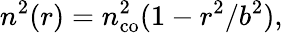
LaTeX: n^{2}(r)=n_{\mathrm{co}}^{2}(1-r^{2}/b^{2}),